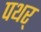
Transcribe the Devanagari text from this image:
पथर्